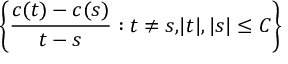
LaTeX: \left\{ { \frac { c ( t ) - c ( s ) } { t - s } } : t \neq s { , } | t | , | s | \leq C \right\}